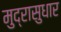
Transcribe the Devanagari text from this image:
मुद्रासुधार